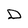
Character: D